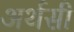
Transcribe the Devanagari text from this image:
अर्थसी